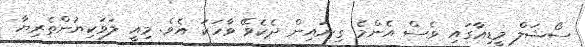
ސޯޝަލް މީޑިއާގައި ވެސް އެންމެ ގިނައިން ދެކެވޭ ވާހަކަ އެވެ. މިއީ ލަވަކިޔުންތެރިޔާ